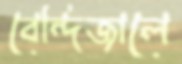
বেন্দিজালে